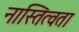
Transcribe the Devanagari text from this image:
नास्तित्वता